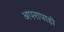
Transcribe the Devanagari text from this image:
अपरापाहो